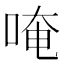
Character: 唵